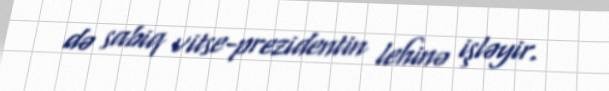
də sabiq vitse-prezidentin lehinə işləyir.